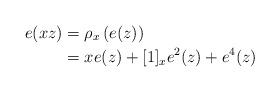
LaTeX: \begin{align*}e(xz) &=\rho_x\left(e(z)\right)\\& =xe(z)+[1]_xe^2(z)+e^4(z)\end{align*}